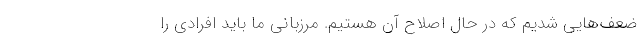
ضعف‌هايي شديم كه در حال اصلاح آن هستيم. مرزباني ما بايد افرادي را